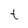
Character: t